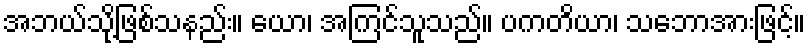
အဘယ်သို့ဖြစ်သနည်း။ ယော၊ အကြင်သူသည်။ ပကတိယာ၊ သဘောအားဖြင့်။